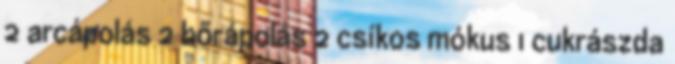
2 arcápolás 2 bőrápolás 2 csíkos mókus 1 cukrászda